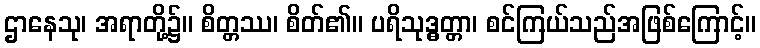
ဌာနေသု၊ အရာတို့၌။ စိတ္တဿ၊ စိတ်၏။ ပရိသုဒ္ဓတ္တာ၊ စင်ကြယ်သည်အဖြစ်ကြောင့်။